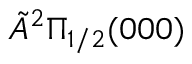
\tilde { A } { } ^ { 2 } \Pi _ { 1 / 2 } ( 0 0 0 )